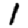
Digit: 1